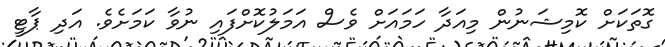
ގޮތަކަށް ކޮމިޝަނުން މިއަދާ ހަމައަށް ވެސް އަމަލުކޮށްފައި ނުވާ ކަމަށެވެ. އަދި ޕާޓީ